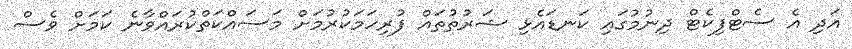
އަދި އެ ސެޓްފިކެޓް ދިނުމުގައި ކަނޑައެޅި ޝަރުތުތައް ފުރިހަމަކުރުމަށް މަސައްކަތްކުރައްވާނެ ކަމަށް ވެސް